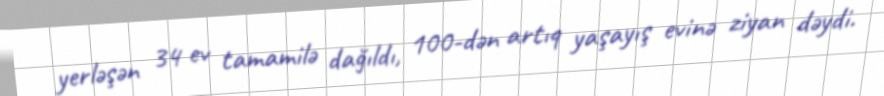
yerləşən 34 ev tamamilə dağıldı, 100-dən artıq yaşayış evinə ziyan dəydi.